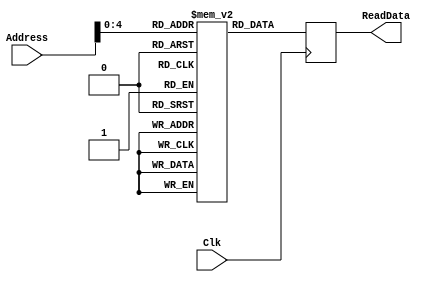
module InstructionMemory(
  input [31:0] Address,
  input Clk,
  output reg [31:0] ReadData
);
  parameter NUM_CELLS = 32 - 1;
  reg [31:0] tab[NUM_CELLS:0];

  integer i;
  initial begin
    // Zero all the cells.
    for (i = 0; i <= NUM_CELLS; i = i + 1)
      tab[i] <= 0;

    // addi $1, $0, 1
    tab[0] <= 'b 001000_00000_00001_0000_0000_0000_0001;
    // addi $20, $0, 0xDEAD
    tab[1] <= 'b 001000_00000_10100_1101_1110_1010_1101;
    // sw $20, 0($1)
    tab[2] <= 'b 101011_00001_10100_0000_0000_0000_0000;
    // sw $20, 1($1)
    tab[3] <= 'b 101011_00001_10100_0000_0000_0000_0001;
    // sw $20, 3($0)
    tab[4] <= 'b 101011_00000_10100_0000_0000_0000_0011;

    // add $1, $1, $1
    tab[5] <= 'b 000000_00001_00001_00001_00000_100000;
    // add $1, $1, $1
    tab[6] <= 'b 000000_00001_00001_00001_00000_100000;
    // add $1, $1, $1
    tab[7] <= 'b 000000_00001_00001_00001_00000_100000;

    // lw $4, 1($0)
    tab[8] <= 'b 100011_00000_00100_0000_0000_0000_0011;
    // sub $4, $1, $4
    tab[9] <= 'b 000000_00001_00100_00100_00000_100010;

    // j 16
    tab[10] <= 'b 000010_0000_0000_0000_0000_0000_010000;
    // addi $1, $0, 1 (shouldn't be executed)
    tab[11] <= 'b 001000_00000_00001_0000_0000_0000_0001;

    // addi $3, $0, 8
    tab[16] <= 'b 001000_00011_00011_0000_0000_0000_1000;
    // addi $2, $2, 2
    tab[17] <= 'b 001000_00010_00010_0000_0000_0000_0010;
    // bne $2, $3, -3 (17)
    tab[18] <= 'b 000101_00010_00011_1111_1111_1111_1101;
    // sw $2, 8($0)
    tab[19] <= 'b 101011_00000_00010_0000_0000_0000_1000;
  end

  always @(posedge Clk) begin
    ReadData <= tab[Address];
  end
endmodule